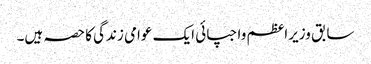
سابق وزیراعظم واجپائی ایک عوامی زندگی کا حصہ ہیں۔